Leaving Certificate Examination, 1906
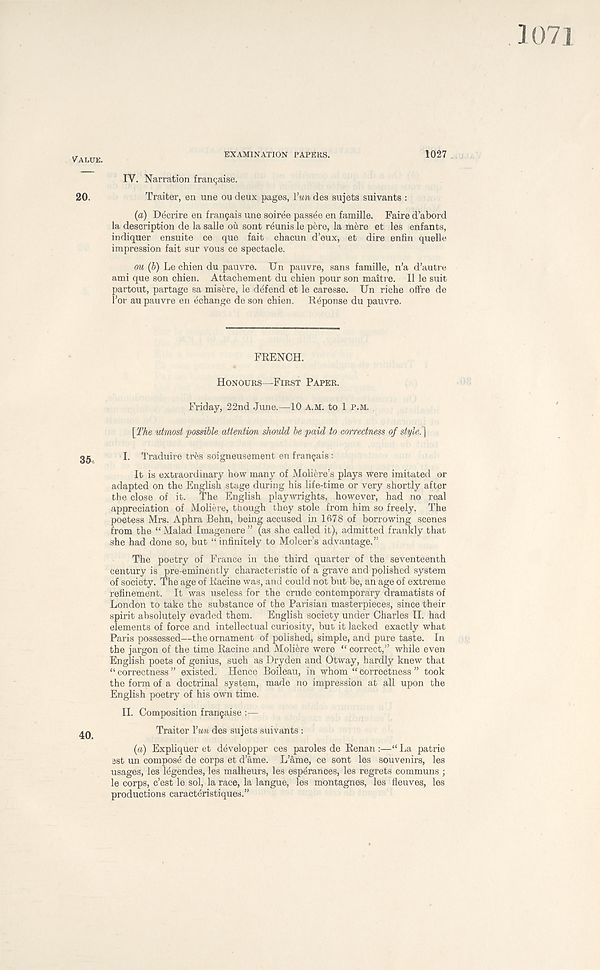
1071
EXAMINATION PAPERS.
1027
IV. Narration franchise.
Traitor, en une on deux pages, Vun des sujets suivants :
(a) Decrire en fran9ais une soiree passee en famille. Faire d’abord
la description de la salle ou sont reunis le pere, la mere et les enfants,
indiquer ensuite ce que fait chacun d’eux, et dire enfin quelle
impression fait sur vous ce spectacle.
ou (b) Le chien du pauvre. Un pauvre, sans famille, n’a d’autre
ami que son chien. Attachement du chien pour son maitre. II le suit
partout, partage sa misere, le defend et le caresse. Un riche offre de
1’or au pauvre en ^change de son chien. R^ponse du pauvre.
VALUE.
20.
FRENCH.
HONOURS—FIRST PAPER.
Friday, 22nd June.—10 A.M. to 1 P.M.
[The utmost possible attention should be paid to correctness of style.}
I. Traduire tres soigneusement en framjais :
It is extraordinary how many of Moiiere’s plays were imitated or
adapted on the English stage during his life-time or very shortly after
the close of it. The English playwrights, however, had no real
appreciation of Moliere, though they stole from him so freely. The
poetess Mrs. Aphra Behn, being accused in 1678 of borrowing scenes
from the “ Malad Imagenere ” (as she called it), admitted frankly that
she had done so, but “ infinitely to Moleer’s advantage.”
The poetry of France in the third quarter of the seventeenth
century is pre-eminently characteristic of a grave and polished system
of society. The age of Racine was, and could not but be, an age of extreme
refinement. It was useless for the crude contemporary dramatists of
London to take the substance of the Parisian masterpieces, since their
spirit absolutely evaded them.
English society under Charles II. had
elements of force and intellectual curiosity, but it lacked exactly what
Paris possessed—the ornament of polished, simple, and pure taste. In
the jargon of the time Racine and Moliere were “ correct,” while even
English poets of genius, such as Dryden and Otway, hardly knew that
“correctness” existed. Hence Boileau, in whom “correctness” took
the form of a doctrinal system, made no impression at all upon the
English poetry of his own time.
II. Composition fra^aise :—
Traiter Yun des sujets suivants :
(a) Expliquer et developper ces paroles de Renan :—“ La patrie
ast un compose de corps et d’ame. L’ame, ce sont les souvenirs, les
usages, les legendes, les malheurs, les esperarices, les regrets communs ;
le corps, c’est le sol, la race, la langue, les montagnes, les fleuves, les
productions caracteristiques.”